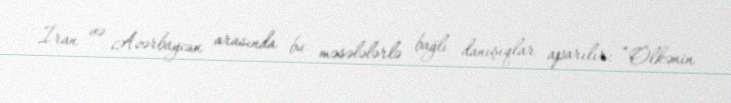
İran və Azərbaycan arasında bu məsələlərlə bağlı danışıqlar aparılır: “Ölkənin